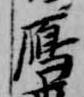
雁